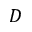
D